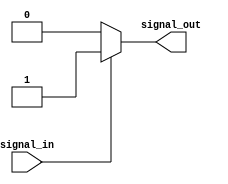
module ttl_buffer (
  input wire signal_in,
  output reg signal_out
);

  // TTL voltage levels
  parameter HIGH_LEVEL = 1;
  parameter LOW_LEVEL = 0;
  
  // add any necessary logic gates or flip-flops here
  
  always @(signal_in)
  begin
    if (signal_in == HIGH_LEVEL)
      signal_out <= HIGH_LEVEL;
    else
      signal_out <= LOW_LEVEL;
  end
endmodule